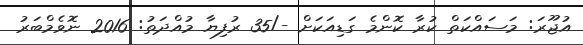
އުޖޫރަ: މަސައްކަތް ކުރާ ކޮންމެ ގަޑިއަކަށް -/35 ރުފިޔާ މުއްދަތު: 2016 ނޮވެމްބަރު